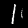
Label: 1